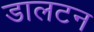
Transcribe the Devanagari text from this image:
डालटन